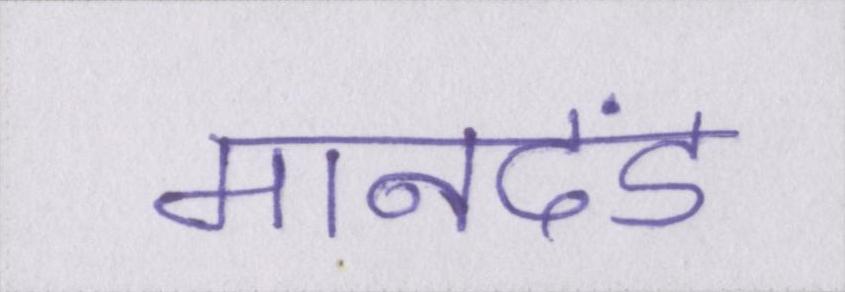
मानदंड